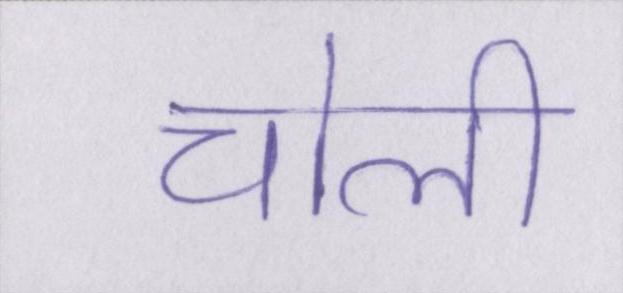
चोली